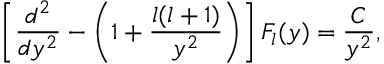
\left[ { \frac { d ^ { 2 } } { d y ^ { 2 } } } - \left( 1 + { \frac { l ( l + 1 ) } { y ^ { 2 } } } \right) \right] F _ { l } ( y ) = { \frac { C } { y ^ { 2 } } } ,